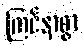
ကြင်နာစွာ